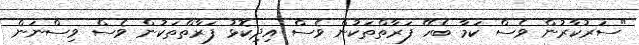
"ސަރުކާރުން ވެސް ކަމާ ބެހޭ ފަރާތްތަކުން ވެސް އިދިކޮޅު ފަރާތްތަކުން ވެސް ވިސްނަން